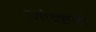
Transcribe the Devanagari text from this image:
जोन्हरी